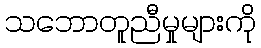
သဘောတူညီမှုများကို